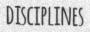
disciplines